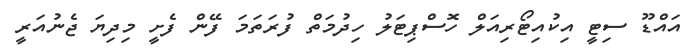
އައްޑޫ ސިޓީ އިކުއިޓޯރިއަލް ހޮސްޕިޓަލު ހިދުމަތް ފުރަތަމަ ފޭން ފެށީ މިދިޔަ ޖެނުއަރީ